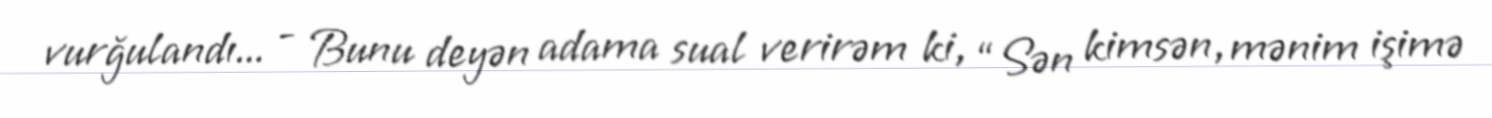
vurğulandı... - Bunu deyən adama sual verirəm ki, “Sən kimsən, mənim işimə